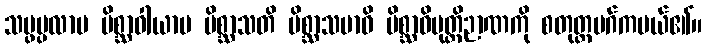
သမ္ဖပ္ပလာပ မိစ္ဆာဝါယာမ မိစ္ဆာသတိ မိစ္ဆာသမာဓိ မိစ္ဆာဝိမုတ္တိဉာဏကို စတုတ္ထမဂ်ကပယ်၏။